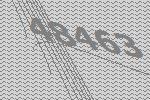
48463